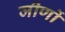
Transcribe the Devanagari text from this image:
जीर्णो